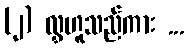
(၂) လွှဟူသည်ကား ...